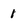
Character: 1